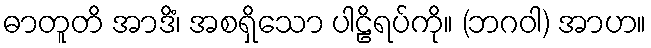
ဓာတူတိ အာဒိံ၊ အစရှိသော ပါဠိရပ်ကို။ (ဘဂဝါ) အာဟ။